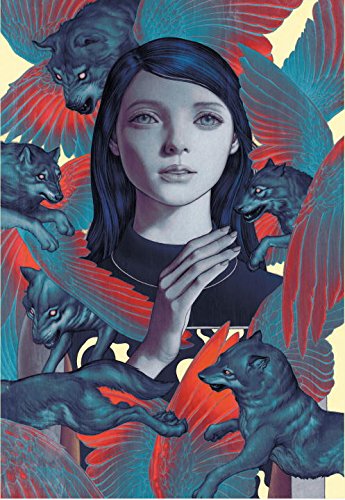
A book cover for Fables Covers: The Art of James Jean (New Edition); James Jean; Comics & Graphic Novels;